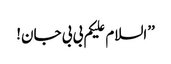
’’السلام علیکم بی بی جان!